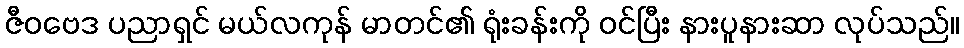
ဇီဝဗေဒ ပညာရှင် မယ်လကုန် မာတင်၏ ရုံးခန်းကို ဝင်ပြီး နားပူနားဆာ လုပ်သည်။